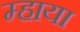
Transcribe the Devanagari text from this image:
म्हाया